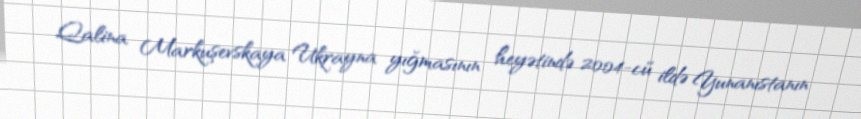
Qalina Markuşevskaya Ukrayna yığmasının heyətində 2004-cü ildə Yunanıstanın